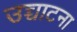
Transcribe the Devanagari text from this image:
उच्चाटना